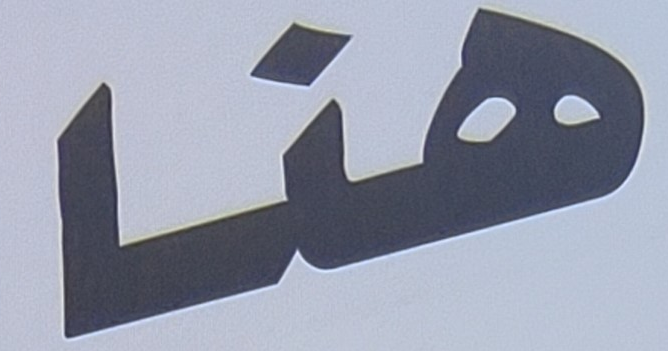
هنا